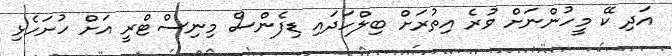
އަދި ކޭ މީހުންނަށް ވުރެ އިތުރަށް ބިލްހަދައި ޑިފެންސް މިނިސްޓްރީ އަށް ހުށަހެޅި